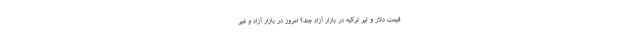
قیمت دلار و لیر ترکیه در بازار آزاد چند؟ امروز در بازار آزاد و غیر